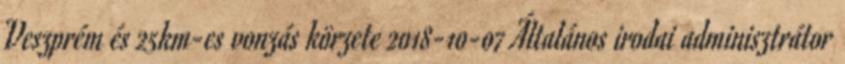
Veszprém és 25km-es vonzás körzete 2018-10-07 Általános irodai adminisztrátor